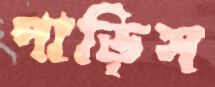
পাড়িস